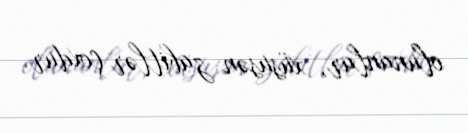
olunanlar, xüsusən zabitlər çoxdur.